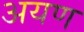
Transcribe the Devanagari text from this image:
अयण